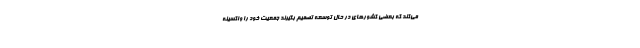
می‌کند که بعضی کشورهای در حال توسعه تصمیم بگیرند جمعیت خود را واکسینه